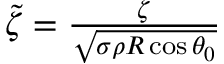
\begin{array} { r } { \tilde { \zeta } = \frac { \zeta } { \sqrt { \sigma \rho R \cos \theta _ { 0 } } } } \end{array}